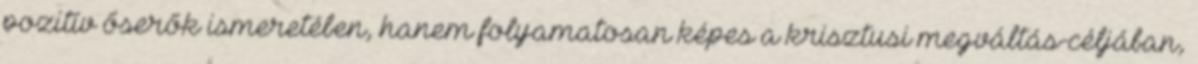
pozitív őserők ismeretében, hanem folyamatosan képes a krisztusi megváltás-céljában,